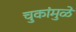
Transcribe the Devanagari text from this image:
चुकांमुळे